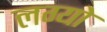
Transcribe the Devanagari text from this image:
लग्‍यो